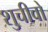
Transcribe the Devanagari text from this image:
शुचीवो